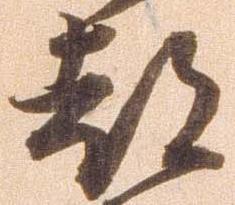
都